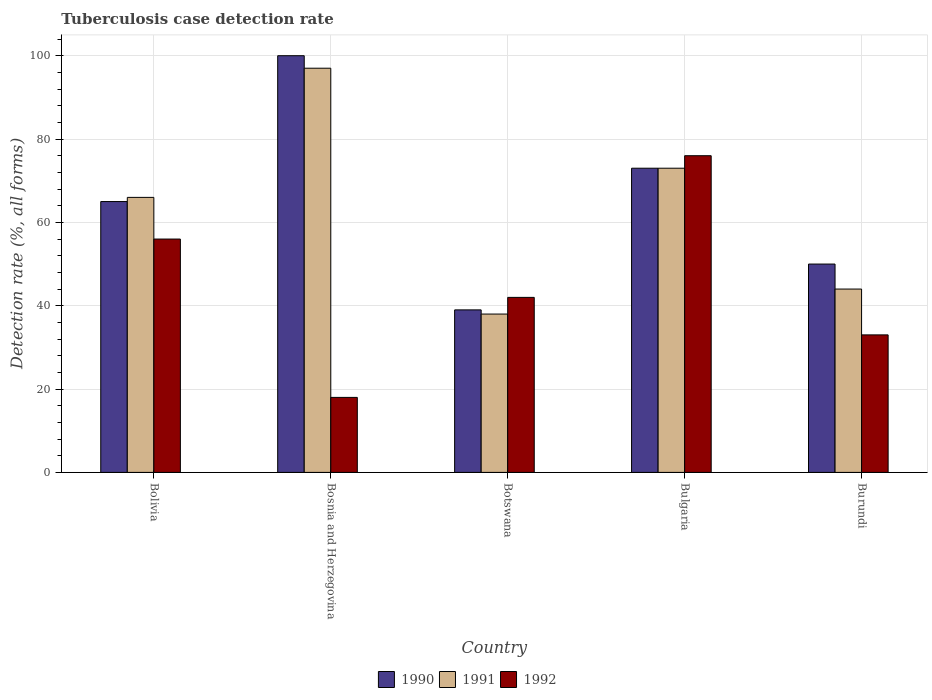
| Country | 1990 | 1991 | 1992 |
 | --- | --- | --- | --- |
 | Bolivia | 65 | 66 | 56 |
 | Bosnia and Herzegovina | 100 | 97 | 18 |
 | Botswana | 39 | 38 | 42 |
 | Bulgaria | 73 | 73 | 76 |
 | Burundi | 50 | 44 | 33 |